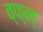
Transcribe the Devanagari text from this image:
व्फ्ल्